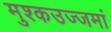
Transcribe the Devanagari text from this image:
मुश्कउज्जमां